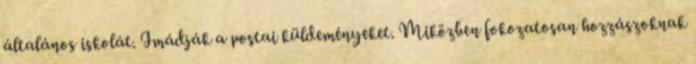
általános iskolát. Imádják a postai küldeményeket. Miközben fokozatosan hozzászoknak